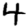
Digit: 4